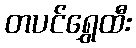
တပင်ရွှေထီး